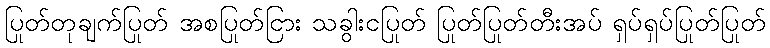
ပြုတ်တုချက်ပြုတ် အစပြုတ်ငြား သခွါးငပြုတ် ပြုတ်ပြုတ်တီးအပ် ရှပ်ရှပ်ပြုတ်ပြုတ်